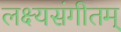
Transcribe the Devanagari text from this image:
लक्ष्यसंगीतम्‌